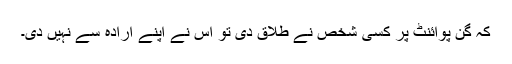
کہ گن پوائنٹ پر کسی شخص نے طلاق دی تو اس نے اپنے ارادہ سے نہیں دی۔